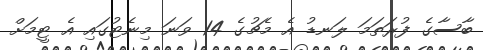
ބާސާގެ ފުރަތަމަ ލަނޑު އެ މެޗުގެ 14 ވަނަ މިނެޓުގައި އެ ޓީމަށް